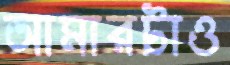
আমারটাও